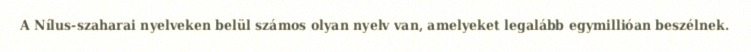
A Nílus-szaharai nyelveken belül számos olyan nyelv van, amelyeket legalább egymillióan beszélnek.